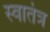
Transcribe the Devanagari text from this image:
स्‍वातंत्र